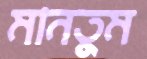
মানতুম